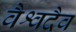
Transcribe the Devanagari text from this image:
वैश्वदैव